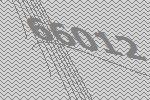
66012